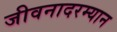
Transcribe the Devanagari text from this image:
जीवनादरम्यान